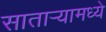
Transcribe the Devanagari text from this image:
सातार्‍यामध्ये